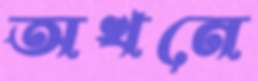
অখনে